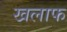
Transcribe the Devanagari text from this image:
खलाफ